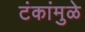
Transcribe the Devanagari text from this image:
टंकांमुळे